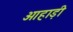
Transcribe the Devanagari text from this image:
ओहाड़ी